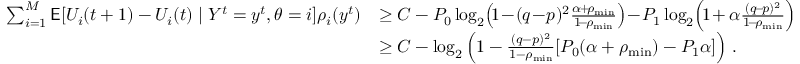
\begin{array} { r l } { \sum _ { i = 1 } ^ { M } \mathsf { E } [ U _ { i } ( t + 1 ) - U _ { i } ( t ) \mid Y ^ { t } = y ^ { t } , \theta = i ] \rho _ { i } ( y ^ { t } ) } & { \ge C - P _ { 0 } \log _ { 2 } \! \left( \! 1 \! - \! ( q \! - \! p ) ^ { 2 } \frac { \alpha \! + \! \rho _ { \operatorname* { m i n } } } { 1 \! - \! \rho _ { \operatorname* { m i n } } } \right) \! - \! P _ { 1 } \log _ { 2 } \! \left( \! 1 \! + \alpha \frac { ( q \! - \! p ) ^ { 2 } } { 1 \! - \! \rho _ { \operatorname* { m i n } } } \right) } \\ & { \ge C - \log _ { 2 } \left( 1 - \frac { ( q - p ) ^ { 2 } } { 1 - \rho _ { \operatorname* { m i n } } } [ P _ { 0 } ( \alpha + \rho _ { \operatorname* { m i n } } ) - P _ { 1 } \alpha ] \right) \, . } \end{array}